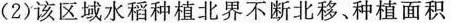
(2)该区域水稻种植北界不断北移、种植面积